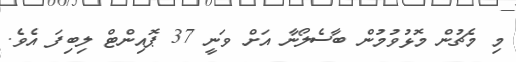
މި މެޗުން މޮޅުވުމުން ބާސެލޯނާ އަށް ވަނީ 37 ޕޮއިންޓް ލިބިފަ އެވެ.